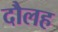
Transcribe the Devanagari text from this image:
दौलह